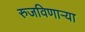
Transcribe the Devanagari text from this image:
रुजविणार्‍या